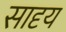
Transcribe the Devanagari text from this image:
सादृय